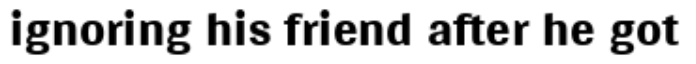
ignoring his friend after he got